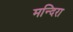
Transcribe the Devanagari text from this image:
मन्दिरा